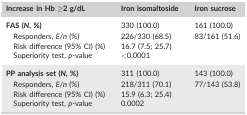
| Increase in Hb ≥2 g/dL | Iron isomaltoside | Iron sucrose |
 | --- | --- | --- |
 | FAS (N, %) | 330 (100.0) | 161 (100.0) |
 | Responders, E/n (%) | 226/330 (68.5) | 83/161 (51.6) |
 | Risk difference (95% CI) (%) | <COLSPAN=2> 16.7 (7.5; 25.7) |
 | Superiority test, p‐value | <COLSPAN=2> <0.0001 |
 | PP analysis set (N, %) | 311 (100.0) | 143 (100.0) |
 | Responders, E/n (%) | 218/311 (70.1) | 77/143 (53.8) |
 | Risk difference (95% CI) (%) | <COLSPAN=2> 15.9 (6.3; 25.4) |
 | Superiority test, p‐value | <COLSPAN=2> 0.0002 |